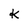
Character: K